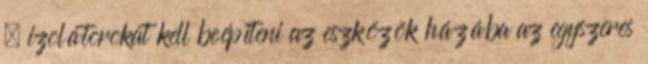
, izolátorokat kell beépíteni az eszközök házába az egyszeres